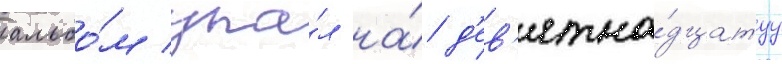
альбо́м упа́л на́ д'ев'ятна́дцатуу